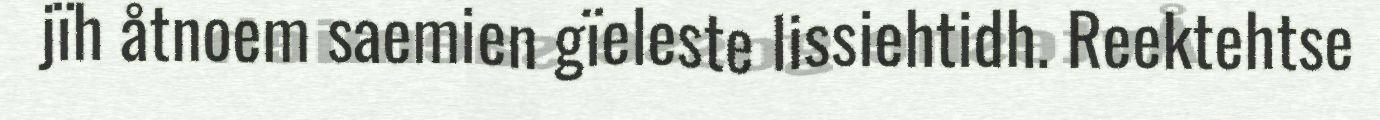
jïh åtnoem saemien gïeleste lissiehtidh. Reektehtse